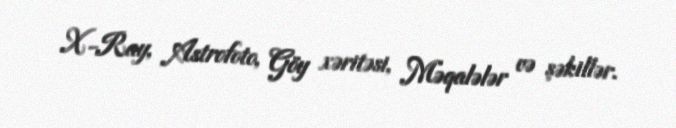
X-Ray, Astrofoto, Göy xəritəsi, Məqalələr və şəkillər.